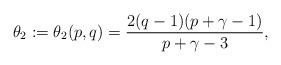
LaTeX: \begin{align*}\theta_2:=\theta_2(p,q)=\frac{2(q-1)(p+\gamma-1)}{p+\gamma-3},\end{align*}